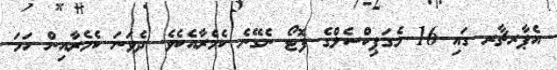
އެޕާރޗާރ ގައި 16 މެގަޕިކްސެލްގެ ފޮޓޯ ނެގޭނެ ކެމެރާއެކެވެ. ދެވަނަ ކެމެރާއިން ހަމަ